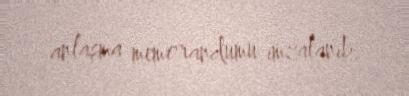
anlaşma memorandumu imzalanıb.